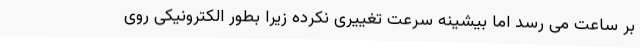
بر ساعت می رسد اما بیشینه سرعت تغییری نکرده زیرا بطور الکترونیکی روی